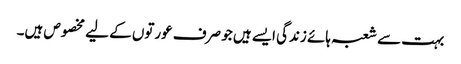
بہت سے شعبہ ہائے زندگی ایسے ہیں جو صرف عورتوں کے لیے مخصوص ہیں۔